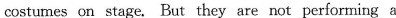
costumes on stage. But they are not performing a